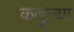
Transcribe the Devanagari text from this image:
कतुल्या